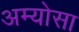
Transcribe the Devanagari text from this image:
अम्योसा